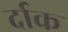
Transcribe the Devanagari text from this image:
र्दाक